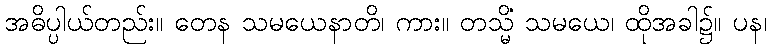
အဓိပ္ပါယ်တည်း။ တေန သမယေနာတိ၊ ကား။ တသ္မိံ သမယေ၊ ထိုအခါ၌။ ပန၊